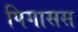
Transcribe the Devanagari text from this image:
पिगासस